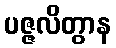
ပဇ္ဇလိတွာန